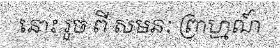
នោះ រួច ពី សមនៈ ព្រាហ្មណ៍